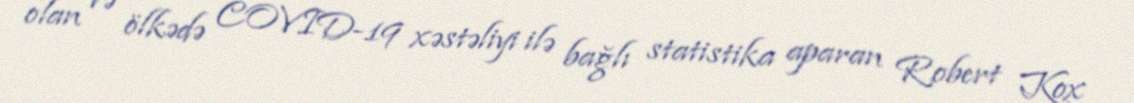
olan və ölkədə COVID-19 xəstəliyi ilə bağlı statistika aparan Robert Kox